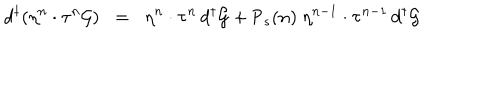
{ d ^ { \dagger } } ( \eta ^ { n } \cdot \tau ^ { n } { \cal { G } } ) \; \; = \; \; \eta ^ { n } \cdot \tau ^ { n } \, { d ^ { \dagger } } { \cal { G } } + { \textsf { P } } _ { s } ( n ) \; \eta ^ { n - 1 } \cdot \tau ^ { n - 1 } \, { d ^ { \dagger } } { \cal { G } }